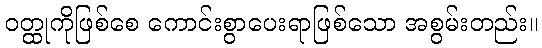
ဝတ္ထုကိုဖြစ်စေ ကောင်းစွာပေးရာဖြစ်သော အစွမ်းတည်း။